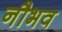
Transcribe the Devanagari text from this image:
नौभव